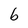
Character: b